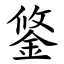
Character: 鋚